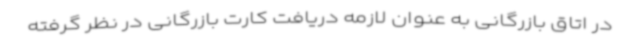
در اتاق بازرگانی به عنوان لازمه دریافت کارت بازرگانی در نظر گرفته